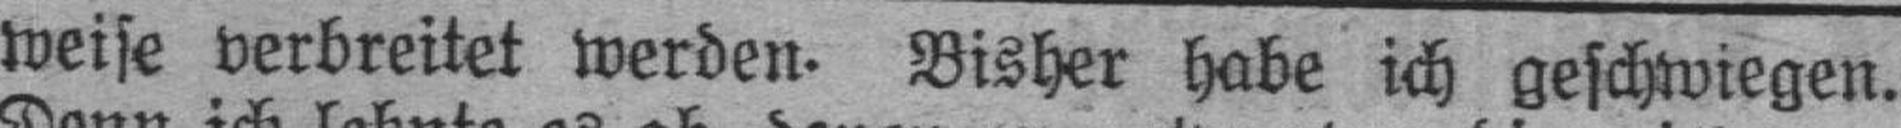
weise verbreitet werden. Bisher habe ich geschwiegen.